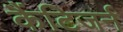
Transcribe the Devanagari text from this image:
कैंटिजर्न